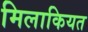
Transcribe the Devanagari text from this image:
मिलाकियत